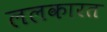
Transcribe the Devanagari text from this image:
ललकारत